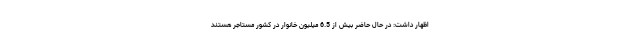
اظهار داشت: در حال حاضر بیش از 6.5 میلیون خانوار در کشور مستاجر هستند